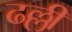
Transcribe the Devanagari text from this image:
ढल्ली